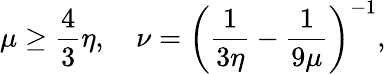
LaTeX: \mu\geq\frac{4}{3}\eta,\quad\nu=\left(\frac{1}{3\eta}-\frac{1}{9\mu}\right)^{-1},